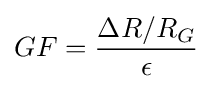
GF={\frac {\Delta R/R_{G}}{\epsilon }}